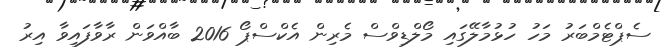
ސެޕްޓެމްބަރު މަހު ހުޅުމާލޭގައި މޯލްޑިވްސް މެރިން އެކްސްޕޯ 2016 ބާއްވަން ރާވާފައިވާ އިރު